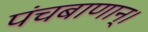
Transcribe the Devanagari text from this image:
पंचबाणान्‌।